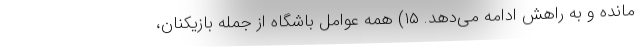
مانده و به راهش ادامه می‌دهد. ۱۵) همه عوامل باشگاه از جمله بازیکنان،